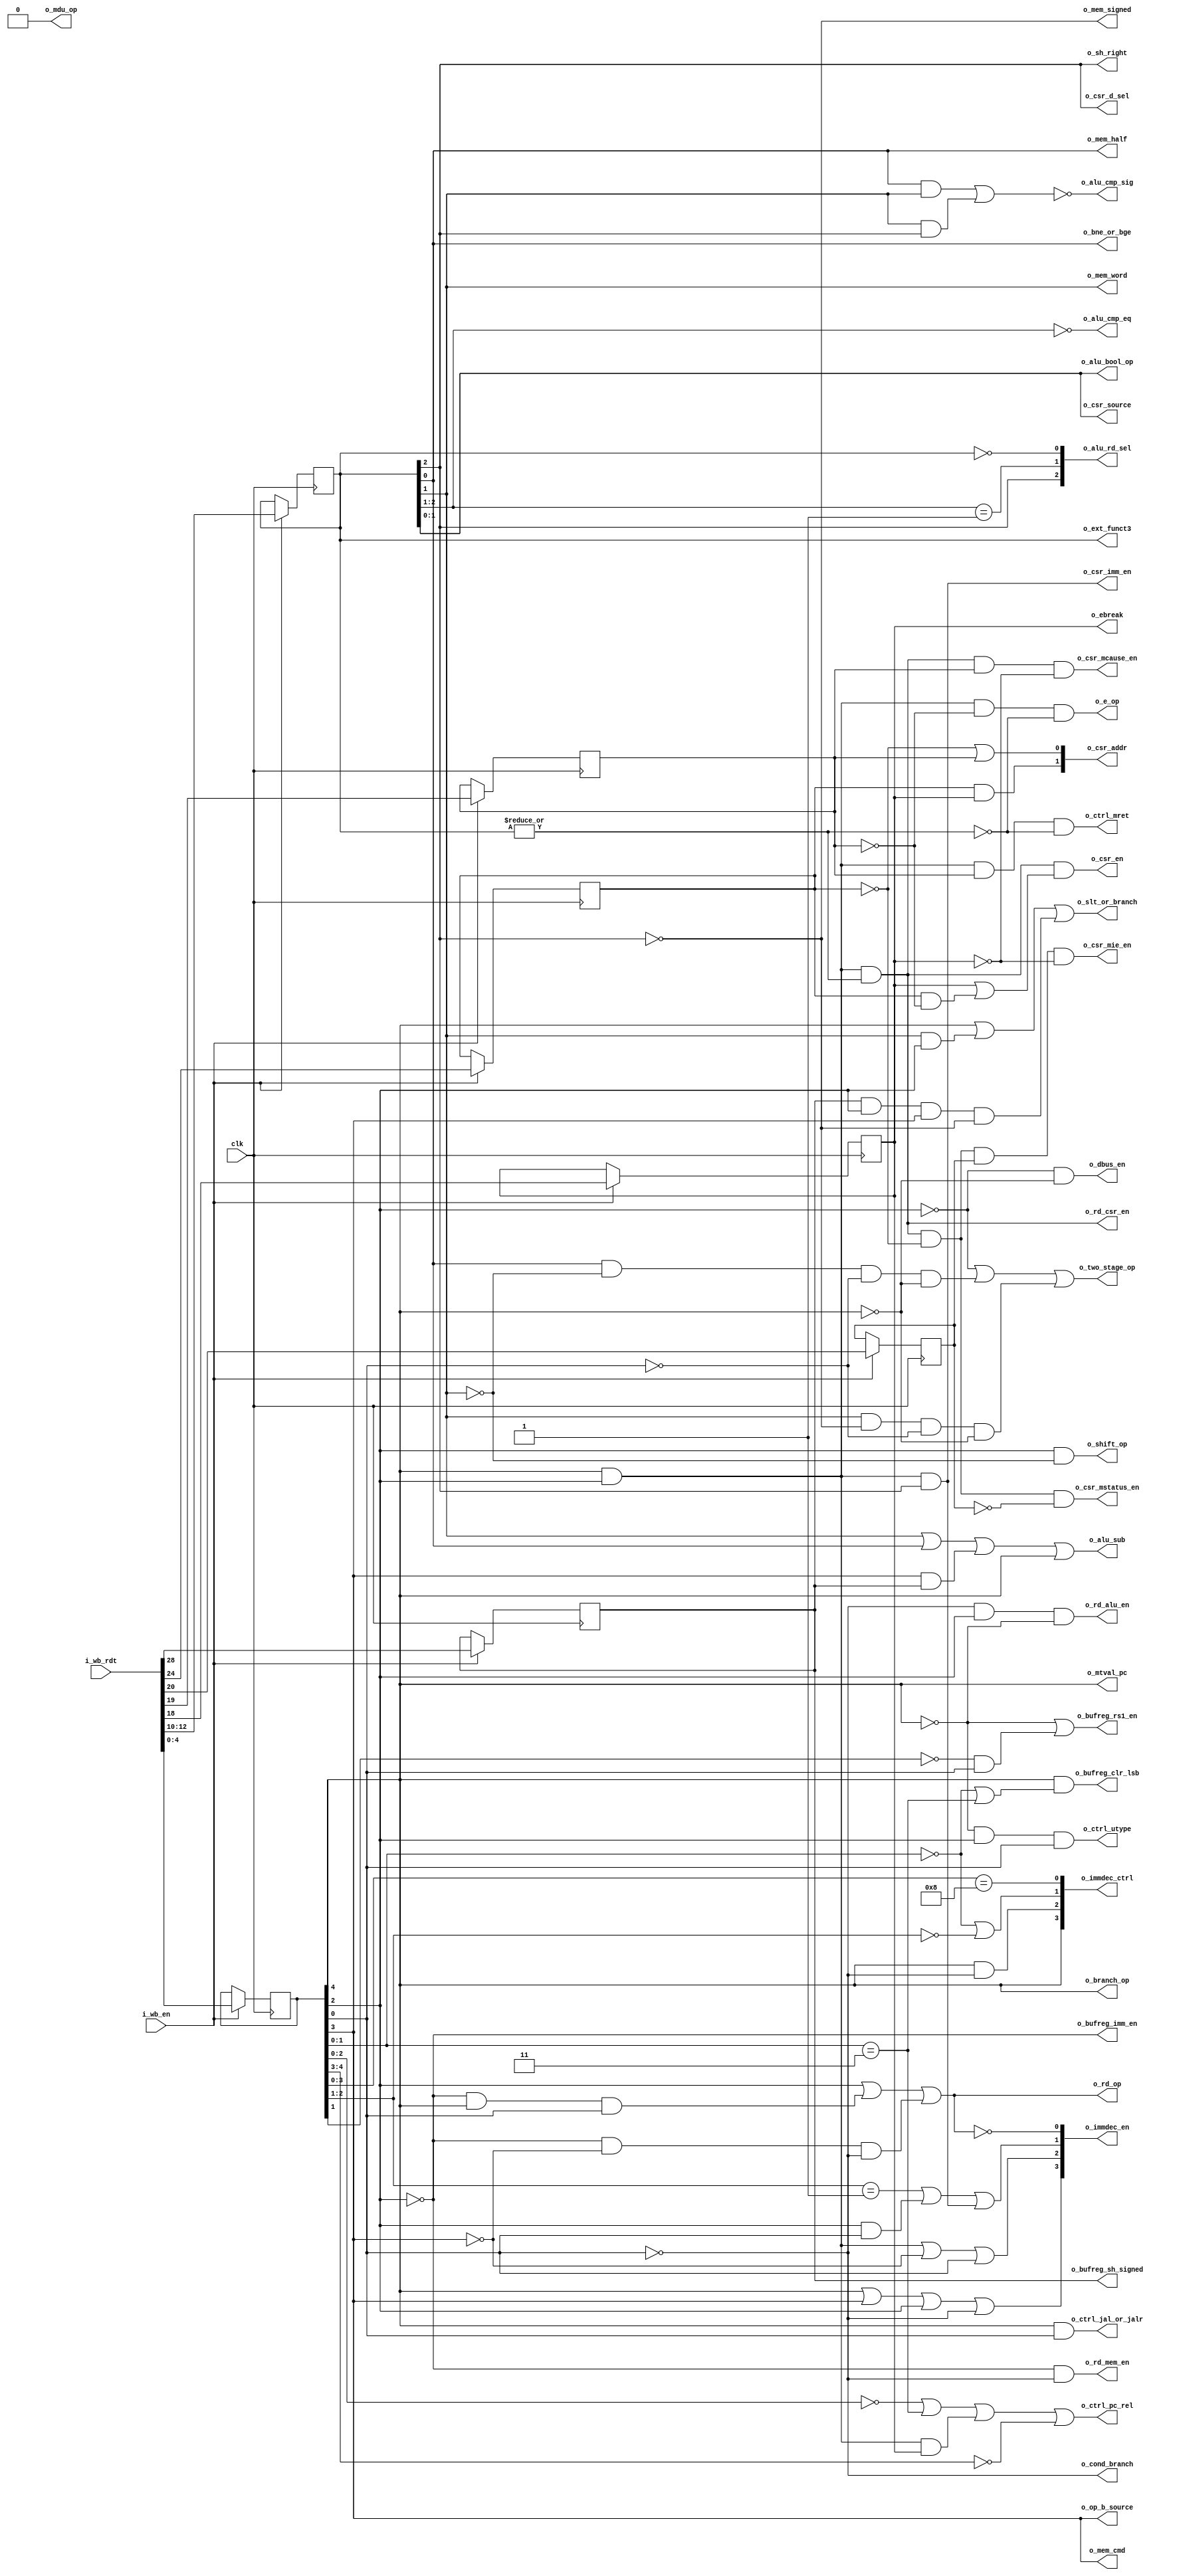
`default_nettype none
module serv_decode
  #(parameter [0:0] PRE_REGISTER = 1,
    parameter [0:0] MDU = 0)
  (
   input wire        clk,
   //Input
   input wire [31:2] i_wb_rdt,
   input wire        i_wb_en,
   //To state
   output reg       o_sh_right,
   output reg       o_bne_or_bge,
   output reg       o_cond_branch,
   output reg       o_e_op,
   output reg       o_ebreak,
   output reg       o_branch_op,
   output reg       o_shift_op,
   output reg       o_slt_or_branch,
   output reg       o_rd_op,
   output reg       o_two_stage_op,
   output reg       o_dbus_en,
   //MDU
   output reg       o_mdu_op,
   //Extension
   output reg [2:0] o_ext_funct3,
   //To bufreg
   output reg       o_bufreg_rs1_en,
   output reg       o_bufreg_imm_en,
   output reg       o_bufreg_clr_lsb,
   output reg       o_bufreg_sh_signed,
   //To ctrl
   output reg       o_ctrl_jal_or_jalr,
   output reg       o_ctrl_utype,
   output reg       o_ctrl_pc_rel,
   output reg       o_ctrl_mret,
   //To alu
   output reg       o_alu_sub,
   output reg [1:0] o_alu_bool_op,
   output reg       o_alu_cmp_eq,
   output reg       o_alu_cmp_sig,
   output reg [2:0] o_alu_rd_sel,
   //To mem IF
   output reg       o_mem_signed,
   output reg       o_mem_word,
   output reg       o_mem_half,
   output reg       o_mem_cmd,
   //To CSR
   output reg       o_csr_en,
   output reg [1:0] o_csr_addr,
   output reg       o_csr_mstatus_en,
   output reg       o_csr_mie_en,
   output reg       o_csr_mcause_en,
   output reg [1:0] o_csr_source,
   output reg       o_csr_d_sel,
   output reg       o_csr_imm_en,
   output reg       o_mtval_pc,
   //To top
   output reg [3:0] o_immdec_ctrl,
   output reg [3:0] o_immdec_en,
   output reg       o_op_b_source,
   //To RF IF
   output reg       o_rd_mem_en,
   output reg       o_rd_csr_en,
   output reg       o_rd_alu_en);

   reg [4:0] opcode;
   reg [2:0] funct3;
   reg        op20;
   reg        op21;
   reg        op22;
   reg        op26;

   reg       imm25;
   reg       imm30;

   wire co_mdu_op     = MDU & (opcode == 5'b01100) & imm25;

   wire co_two_stage_op =
	~opcode[2] | (funct3[0] & ~funct3[1] & ~opcode[0] & ~opcode[4]) |
	(funct3[1] & ~funct3[2] & ~opcode[0] & ~opcode[4]) | co_mdu_op;
   wire co_shift_op = (opcode[2] & ~funct3[1]) & !co_mdu_op;
   wire co_slt_or_branch = (opcode[4] | (funct3[1] & opcode[2]) | (imm30 & opcode[2] & opcode[3] & ~funct3[2])) & !co_mdu_op;
   wire co_branch_op = opcode[4];
   wire co_dbus_en    = ~opcode[2] & ~opcode[4];
   wire co_mtval_pc   = opcode[4];   
   wire co_mem_word   = funct3[1];
   wire co_rd_alu_en  = !opcode[0] & opcode[2] & !opcode[4] & !co_mdu_op;
   wire co_rd_mem_en  = (!opcode[2] & !opcode[0]) | co_mdu_op;
   wire [2:0] co_ext_funct3 = funct3;

   //jal,branch =     imm
   //jalr       = rs1+imm
   //mem        = rs1+imm
   //shift      = rs1
   wire co_bufreg_rs1_en = !opcode[4] | (!opcode[1] & opcode[0]);
   wire co_bufreg_imm_en = !opcode[2];

   //Clear LSB of immediate for BRANCH and JAL ops
   //True for BRANCH and JAL
   //False for JALR/LOAD/STORE/OP/OPIMM?
   wire co_bufreg_clr_lsb = opcode[4] & ((opcode[1:0] == 2'b00) | (opcode[1:0] == 2'b11));

   //Conditional branch
   //True for BRANCH
   //False for JAL/JALR
   wire co_cond_branch = !opcode[0];

   wire co_ctrl_utype       = !opcode[4] & opcode[2] & opcode[0];
   wire co_ctrl_jal_or_jalr = opcode[4] & opcode[0];

   //PC-relative operations
   //True for jal, b* auipc, ebreak
   //False for jalr, lui
   wire co_ctrl_pc_rel = (opcode[2:0] == 3'b000)  |
                          (opcode[1:0] == 2'b11)  |
                          (opcode[4] & opcode[2]) & op20|
                          (opcode[4:3] == 2'b00);
   //Write to RD
   //True for OP-IMM, AUIPC, OP, LUI, SYSTEM, JALR, JAL, LOAD
   //False for STORE, BRANCH, MISC-MEM
   wire co_rd_op = (opcode[2] |
                     (!opcode[2] & opcode[4] & opcode[0]) |
                     (!opcode[2] & !opcode[3] & !opcode[0]));

   //
   //funct3
   //

   wire co_sh_right   = funct3[2];
   wire co_bne_or_bge = funct3[0];

   //Matches system ops except eceall/ebreak/mret
   wire csr_op = opcode[4] & opcode[2] & (|funct3);


   //op20
   wire co_ebreak = op20;


   //opcode & funct3 & op21

   wire co_ctrl_mret = opcode[4] & opcode[2] & op21 & !(|funct3);
   //Matches system opcodes except CSR accesses (funct3 == 0)
   //and mret (!op21)
   wire co_e_op = opcode[4] & opcode[2] & !op21 & !(|funct3);

   //opcode & funct3 & imm30

   wire co_bufreg_sh_signed = imm30;

   /*
    True for sub, b*, slt*
    False for add*
    op    opcode f3  i30
    b*    11000  xxx x   t
    addi  00100  000 x   f
    slt*  0x100  01x x   t
    add   01100  000 0   f
    sub   01100  000 1   t
    */
   wire co_alu_sub = funct3[1] | funct3[0] | (opcode[3] & imm30) | opcode[4];

   /*
    Bits 26, 22, 21 and 20 are enough to uniquely identify the eight supported CSR regs
    mtvec, mscratch, mepc and mtval are stored externally (normally in the RF) and are
    treated differently from mstatus, mie and mcause which are stored in serv_csr.

    The former get a 2-bit address as seen below while the latter get a
    one-hot enable signal each.

    Hex|2 222|Reg     |csr
    adr|6 210|name    |addr
    ---|-----|--------|----
    300|0_000|mstatus | xx
    304|0_100|mie     | xx
    305|0_101|mtvec   | 01
    340|1_000|mscratch| 00
    341|1_001|mepc    | 10
    342|1_010|mcause  | xx
    343|1_011|mtval   | 11

    */

   //true  for mtvec,mscratch,mepc and mtval
   //false for mstatus, mie, mcause
   wire csr_valid = op20 | (op26 & !op21);

   wire co_rd_csr_en = csr_op;

   wire co_csr_en         = csr_op & csr_valid;
   wire co_csr_mstatus_en = csr_op & !op26 & !op22;
   wire co_csr_mie_en     = csr_op & !op26 &  op22 & !op20;
   wire co_csr_mcause_en  = csr_op         &  op21 & !op20;

   wire [1:0] co_csr_source = funct3[1:0];
   wire co_csr_d_sel = funct3[2];
   wire co_csr_imm_en = opcode[4] & opcode[2] & funct3[2];
   wire [1:0] co_csr_addr = {op26 & op20, !op26 | op21};

   wire co_alu_cmp_eq = funct3[2:1] == 2'b00;

   wire co_alu_cmp_sig = ~((funct3[0] & funct3[1]) | (funct3[1] & funct3[2]));

   wire co_mem_cmd  = opcode[3];
   wire co_mem_signed = ~funct3[2];
   wire co_mem_half   = funct3[0];

   wire [1:0] co_alu_bool_op = funct3[1:0];

   wire [3:0] co_immdec_ctrl;
   //True for S (STORE) or B (BRANCH) type instructions
   //False for J type instructions
   assign co_immdec_ctrl[0] = opcode[3:0] == 4'b1000;
   //True for OP-IMM, LOAD, STORE, JALR  (I S)
   //False for LUI, AUIPC, JAL           (U J)
   assign co_immdec_ctrl[1] = (opcode[1:0] == 2'b00) | (opcode[2:1] == 2'b00);
   assign co_immdec_ctrl[2] = opcode[4] & !opcode[0];
   assign co_immdec_ctrl[3] = opcode[4];

   wire [3:0] co_immdec_en;
   assign co_immdec_en[3] = opcode[4] | opcode[3] | opcode[2] | !opcode[0];                 //B I J S U
   assign co_immdec_en[2] = (opcode[4] & opcode[2]) | !opcode[3] | opcode[0];               //  I J   U
   assign co_immdec_en[1] = (opcode[2:1] == 2'b01) | (opcode[2] & opcode[0]) | co_csr_imm_en;//    J   U
   assign co_immdec_en[0] = ~co_rd_op;                                                       //B     S

   wire [2:0] co_alu_rd_sel;
   assign co_alu_rd_sel[0] = (funct3 == 3'b000); // Add/sub
   assign co_alu_rd_sel[1] = (funct3[2:1] == 2'b01); //SLT*
   assign co_alu_rd_sel[2] = funct3[2]; //Bool

   //0 (OP_B_SOURCE_IMM) when OPIMM
   //1 (OP_B_SOURCE_RS2) when BRANCH or OP
   wire co_op_b_source = opcode[3];

   generate
      if (PRE_REGISTER) begin

         always @(posedge clk) begin
            if (i_wb_en) begin
               funct3 <= i_wb_rdt[14:12];
               imm30  <= i_wb_rdt[30];
               imm25  <= i_wb_rdt[25];
               opcode <= i_wb_rdt[6:2];
               op20   <= i_wb_rdt[20];
               op21   <= i_wb_rdt[21];
               op22   <= i_wb_rdt[22];
               op26   <= i_wb_rdt[26];
            end
         end

         always @(*) begin
            o_sh_right         = co_sh_right;
            o_bne_or_bge       = co_bne_or_bge;
            o_cond_branch      = co_cond_branch;
            o_dbus_en          = co_dbus_en;
            o_mtval_pc         = co_mtval_pc;
	    o_two_stage_op     = co_two_stage_op;
            o_e_op             = co_e_op;
            o_ebreak           = co_ebreak;
            o_branch_op        = co_branch_op;
            o_shift_op         = co_shift_op;
            o_slt_or_branch    = co_slt_or_branch;
            o_rd_op            = co_rd_op;
            o_mdu_op           = co_mdu_op;
            o_ext_funct3       = co_ext_funct3;
            o_bufreg_rs1_en    = co_bufreg_rs1_en;
            o_bufreg_imm_en    = co_bufreg_imm_en;
            o_bufreg_clr_lsb   = co_bufreg_clr_lsb;
            o_bufreg_sh_signed = co_bufreg_sh_signed;
            o_ctrl_jal_or_jalr = co_ctrl_jal_or_jalr;
            o_ctrl_utype       = co_ctrl_utype;
            o_ctrl_pc_rel      = co_ctrl_pc_rel;
            o_ctrl_mret        = co_ctrl_mret;
            o_alu_sub          = co_alu_sub;
            o_alu_bool_op      = co_alu_bool_op;
            o_alu_cmp_eq       = co_alu_cmp_eq;
            o_alu_cmp_sig      = co_alu_cmp_sig;
            o_alu_rd_sel       = co_alu_rd_sel;
            o_mem_signed       = co_mem_signed;
            o_mem_word         = co_mem_word;
            o_mem_half         = co_mem_half;
            o_mem_cmd          = co_mem_cmd;
            o_csr_en           = co_csr_en;
            o_csr_addr         = co_csr_addr;
            o_csr_mstatus_en   = co_csr_mstatus_en;
            o_csr_mie_en       = co_csr_mie_en;
            o_csr_mcause_en    = co_csr_mcause_en;
            o_csr_source       = co_csr_source;
            o_csr_d_sel        = co_csr_d_sel;
            o_csr_imm_en       = co_csr_imm_en;
            o_immdec_ctrl      = co_immdec_ctrl;
            o_immdec_en        = co_immdec_en;
            o_op_b_source      = co_op_b_source;
            o_rd_csr_en        = co_rd_csr_en;
            o_rd_alu_en        = co_rd_alu_en;
            o_rd_mem_en        = co_rd_mem_en;
         end

      end else begin

         always @(*) begin
            funct3  = i_wb_rdt[14:12];
            imm30   = i_wb_rdt[30];
            imm25   = i_wb_rdt[25];
            opcode  = i_wb_rdt[6:2];
            op20    = i_wb_rdt[20];
            op21    = i_wb_rdt[21];
            op22    = i_wb_rdt[22];
            op26    = i_wb_rdt[26];
         end

         always @(posedge clk) begin
            if (i_wb_en) begin
               o_sh_right         <= co_sh_right;
               o_bne_or_bge       <= co_bne_or_bge;
               o_cond_branch      <= co_cond_branch;
               o_e_op             <= co_e_op;
               o_ebreak           <= co_ebreak;
               o_two_stage_op     <= co_two_stage_op;
               o_dbus_en          <= co_dbus_en;
               o_mtval_pc         <= co_mtval_pc;
               o_branch_op        <= co_branch_op;
               o_shift_op         <= co_shift_op;
               o_slt_or_branch    <= co_slt_or_branch;
               o_rd_op            <= co_rd_op;
               o_mdu_op           <= co_mdu_op;
               o_ext_funct3       <= co_ext_funct3;
               o_bufreg_rs1_en    <= co_bufreg_rs1_en;
               o_bufreg_imm_en    <= co_bufreg_imm_en;
               o_bufreg_clr_lsb   <= co_bufreg_clr_lsb;
               o_bufreg_sh_signed <= co_bufreg_sh_signed;
               o_ctrl_jal_or_jalr <= co_ctrl_jal_or_jalr;
               o_ctrl_utype       <= co_ctrl_utype;
               o_ctrl_pc_rel      <= co_ctrl_pc_rel;
               o_ctrl_mret        <= co_ctrl_mret;
               o_alu_sub          <= co_alu_sub;
               o_alu_bool_op      <= co_alu_bool_op;
               o_alu_cmp_eq       <= co_alu_cmp_eq;
               o_alu_cmp_sig      <= co_alu_cmp_sig;
               o_alu_rd_sel       <= co_alu_rd_sel;
               o_mem_signed       <= co_mem_signed;
               o_mem_word         <= co_mem_word;
               o_mem_half         <= co_mem_half;
               o_mem_cmd          <= co_mem_cmd;
               o_csr_en           <= co_csr_en;
               o_csr_addr         <= co_csr_addr;
               o_csr_mstatus_en   <= co_csr_mstatus_en;
               o_csr_mie_en       <= co_csr_mie_en;
               o_csr_mcause_en    <= co_csr_mcause_en;
               o_csr_source       <= co_csr_source;
               o_csr_d_sel        <= co_csr_d_sel;
               o_csr_imm_en       <= co_csr_imm_en;
               o_immdec_ctrl      <= co_immdec_ctrl;
               o_immdec_en        <= co_immdec_en;
               o_op_b_source      <= co_op_b_source;
               o_rd_csr_en        <= co_rd_csr_en;
               o_rd_alu_en        <= co_rd_alu_en;
               o_rd_mem_en        <= co_rd_mem_en;
            end
         end

      end
   endgenerate

endmodule